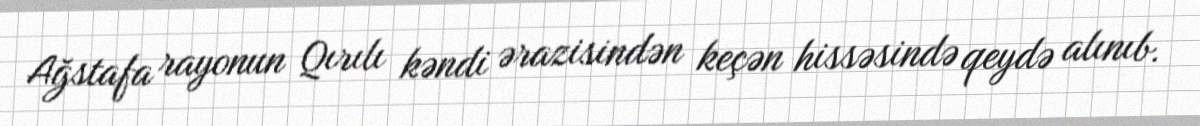
Ağstafa rayonun Qırılı kəndi ərazisindən keçən hissəsində qeydə alınıb.